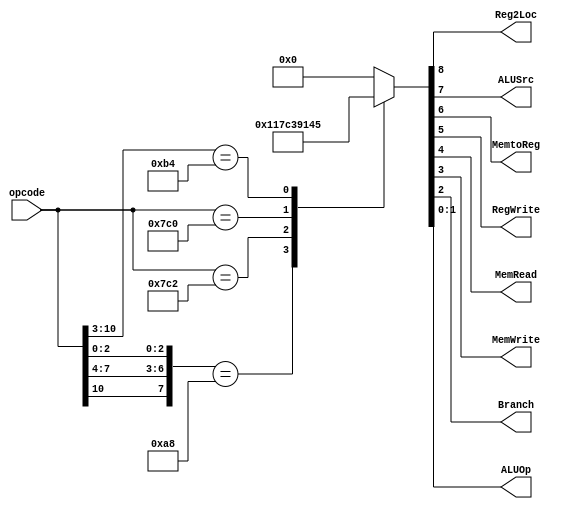
module control(opcode,Reg2Loc,ALUSrc,MemtoReg,RegWrite,MemRead,MemWrite,Branch,ALUOp);
	output reg [1:0]ALUOp;
	input [10:0]opcode;
	output reg Reg2Loc,ALUSrc,MemtoReg,RegWrite,MemRead,MemWrite,Branch;
	always @(opcode)
	begin
	    casex (opcode)
		11'b1XX0101X000 : 
      {Reg2Loc, ALUSrc, MemtoReg, RegWrite, MemRead, MemWrite, Branch, ALUOp} = 9'b000100010;

		11'b11111000010 : 
      {Reg2Loc, ALUSrc, MemtoReg, RegWrite, MemRead, MemWrite, Branch, ALUOp} = 9'b111110000;

		11'b11111000000 : 
      {Reg2Loc, ALUSrc, MemtoReg, RegWrite, MemRead, MemWrite, Branch, ALUOp} = 9'b111001000;

		11'b10110100XXX : 
      {Reg2Loc, ALUSrc, MemtoReg, RegWrite, MemRead, MemWrite, Branch, ALUOp} = 9'b101000101;

    default : {Reg2Loc, ALUSrc, MemtoReg, RegWrite, MemRead, MemWrite, Branch, ALUOp} = 9'b000000000;
		endcase
  end
  // assign ALUOp={ALUOp1, ALUOp0};
endmodule